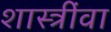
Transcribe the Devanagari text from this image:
शास्त्रींवा